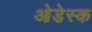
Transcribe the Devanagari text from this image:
ओडेस्क